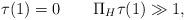
LaTeX: \begin{align*}\tau(1) = 0\qquad\Pi_H \tau(1) \gg 1,\end{align*}